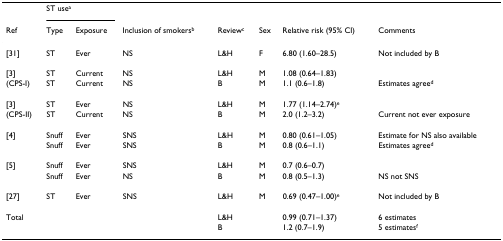
<table><thead><tr><td></td><td colspan="2"><b>ST use<sup>a</sup></b></td><td></td><td></td><td></td><td></td><td></td></tr><tr><td><b>Ref</b></td><td><b>Type</b></td><td><b>Exposure</b></td><td><b>Inclusion of smokers<sup>b</sup></b></td><td><b>Review<sup>c</sup></b></td><td><b>Sex</b></td><td><b>Relative risk (95% CI)</b></td><td><b>Comments</b></td></tr></thead><tbody><tr><td>[31]</td><td>ST</td><td>Ever</td><td>NS</td><td>L&amp;H</td><td>F</td><td>6.80 (1.60–28.5)</td><td>Not included by B</td></tr><tr><td>[3]</td><td>ST</td><td>Current</td><td>NS</td><td>L&amp;H</td><td>M</td><td>1.08 (0.64–1.83)</td><td></td></tr><tr><td>(CPS-I)</td><td>ST</td><td>Current</td><td>NS</td><td>B</td><td>M</td><td>1.1 (0.6–1.8)</td><td>Estimates agree<sup>d</sup></td></tr><tr><td>[3]</td><td>ST</td><td>Ever</td><td>NS</td><td>L&amp;H</td><td>M</td><td>1.77 (1.14–2.74)<sup>e</sup></td><td></td></tr><tr><td>(CPS-II)</td><td>ST</td><td>Current</td><td>NS</td><td>B</td><td>M</td><td>2.0 (1.2–3.2)</td><td>Current not ever exposure</td></tr><tr><td>[4]</td><td>Snuff</td><td>Ever</td><td>SNS</td><td>L&amp;H</td><td>M</td><td>0.80 (0.61–1.05)</td><td>Estimate for NS also available</td></tr><tr><td></td><td>Snuff</td><td>Ever</td><td>SNS</td><td>B</td><td>M</td><td>0.8 (0.6–1.1)</td><td>Estimates agree<sup>d</sup></td></tr><tr><td>[5]</td><td>Snuff</td><td>Ever</td><td>SNS</td><td>L&amp;H</td><td>M</td><td>0.7 (0.6–0.7)</td><td></td></tr><tr><td></td><td>Snuff</td><td>Ever</td><td>NS</td><td>B</td><td>M</td><td>0.8 (0.5–1.3)</td><td>NS not SNS</td></tr><tr><td>[27]</td><td>ST</td><td>Ever</td><td>SNS</td><td>L&amp;H</td><td>M</td><td>0.69 (0.47–1.00)<sup>e</sup></td><td>Not included by B</td></tr><tr><td>Total</td><td></td><td></td><td></td><td>L&amp;H</td><td></td><td>0.99 (0.71–1.37)</td><td>6 estimates</td></tr><tr><td></td><td></td><td></td><td></td><td>B</td><td></td><td>1.2 (0.7–1.9)</td><td>5 estimates<sup>f</sup></td></tr></tbody></table>